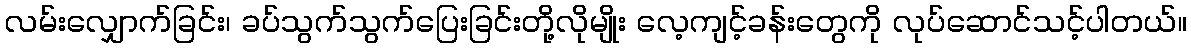
လမ်းလျှောက်ခြင်း၊ ခပ်သွက်သွက်ပြေးခြင်းတို့လိုမျိုး လေ့ကျင့်ခန်းတွေကို လုပ်ဆောင်သင့်ပါတယ်။